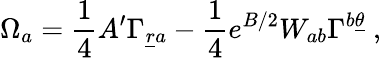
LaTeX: \Omega_{a}={\frac{1}{4}}A^{\prime}\Gamma_{{\underline{{r}}}a}-{\frac{1}{4}}e^{B/2}W_{ab}\Gamma^{b\underline{{\theta}}}~,